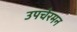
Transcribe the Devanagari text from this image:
उपचेरमन